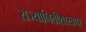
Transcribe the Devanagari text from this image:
राज्यानितीशास्त्रपर